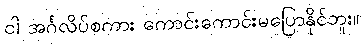
ငါ အင်္ဂလိပ်စကား ကောင်းကောင်းမပြောနိုင်ဘူး။